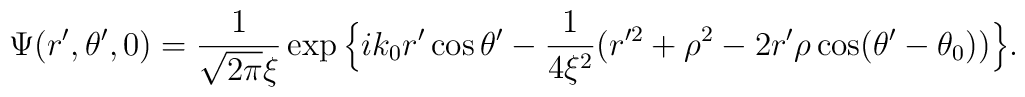
\Psi(r',\theta',0)={1\over\sqrt{2\pi}\xi}\exp\Big{\{}i k_0r'\cos\theta'-{1\over4\xi^2}\big(r'^2+\rho^2-2r'\rho\cos(\theta'-\theta_0)\big)\Big{\}}.